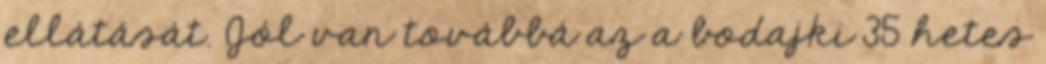
ellátását. Jól van továbbá az a bodajki 35 hetes